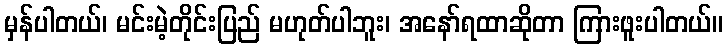
မှန်ပါတယ်၊ မင်းမဲ့တိုင်းပြည် မဟုတ်ပါဘူး၊ အနော်ရထာဆိုတာ ကြားဖူးပါတယ်။